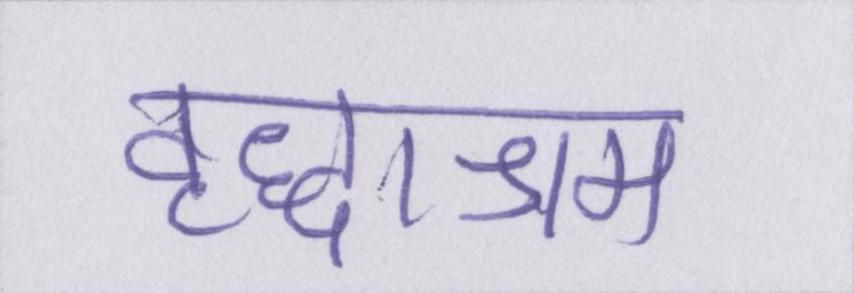
वृद्धाश्रम